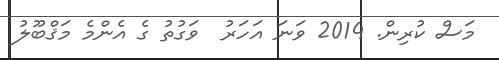
މަސް ކުރިން. 2014 ވަނަ އަހަރު  ވަގުތު ގެ އެންމެ މަޤްބޫލު